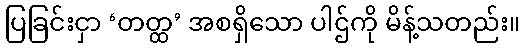
ပြခြင်းငှာ ‘တတ္ထ’ အစရှိသော ပါဌ်ကို မိန့်သတည်း။